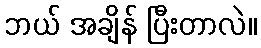
ဘယ် အချိန် ပြီးတာလဲ။